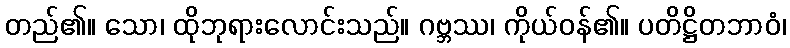
တည်၏။ သော၊ ထိုဘုရားလောင်းသည်။ ဂဗ္ဘဿ၊ ကိုယ်ဝန်၏။ ပတိဋ္ဌိတဘာဝံ၊